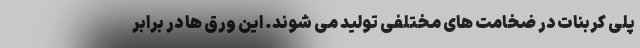
پلی کربنات در ضخامت های مختلفی تولید می شوند. این ورق ها در برابر